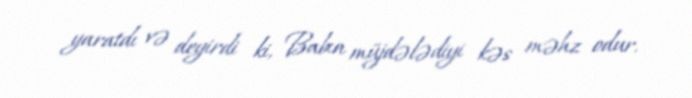
yaratdı və deyirdi ki, Babın müjdələdiyi kəs məhz odur.